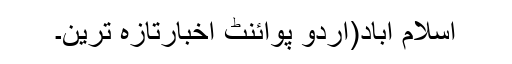
اسلام آباد(اُردو پوائنٹ اخبارتازہ ترین۔